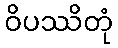
ဝိပဿိတုံ